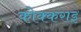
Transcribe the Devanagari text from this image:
कोक्कराइ